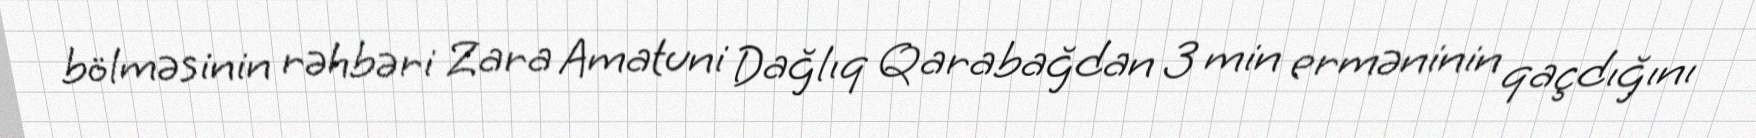
bölməsinin rəhbəri Zara Amatuni Dağlıq Qarabağdan 3 min erməninin qaçdığını